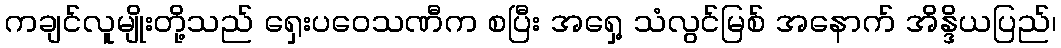
ကချင်လူမျိုးတို့သည် ရှေးပဝေသဏီက စပြီး အရှေ့ သံလွင်မြစ် အနောက် အိန္ဒိယပြည်၊